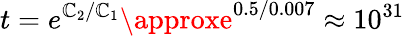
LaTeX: t=e^{\mathbb{C}_{2}/\mathbb{C}_{1}}\approxe^{0.5/0.007}\approx10^{31}